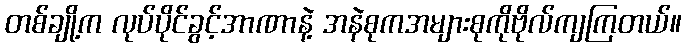
တစ်ချို့က လုပ်ပိုင်ခွင့်အာဏာနဲ့ အနဲစုကအများစုကိုဗိုလ်ကျကြတယ်။